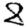
Digit: 8